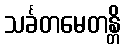
သင်္ခတမေတန္တိ